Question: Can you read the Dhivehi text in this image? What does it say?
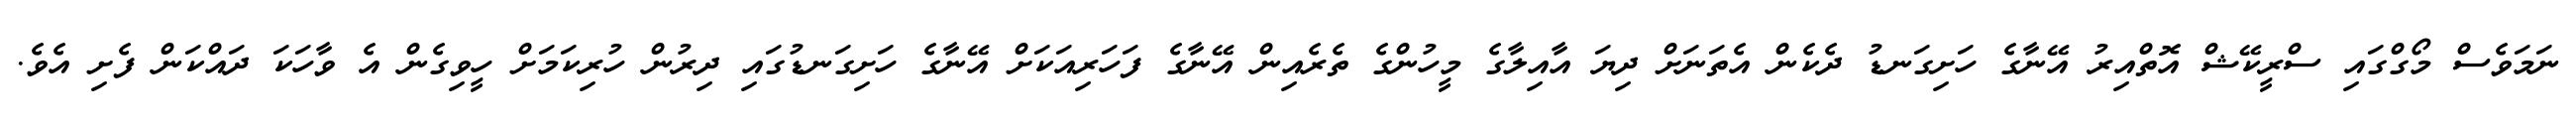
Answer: ނަމަވެސް މޯގްގައި ސްރީކޭޝް އޮތްއިރު އޭނާގެ ހަށިގަނޑު ދެކެން އެތަނަށް ދިޔަ އާއިލާގެ މީހުންގެ ތެރެއިން އޭނާގެ ފަހަރިއަކަށް އޭނާގެ ހަށިގަނޑުގައި ދިރުން ހުރިކަމަށް ހީވިގެން އެ ވާހަކަ ދައްކަން ފެށި އެވެ.